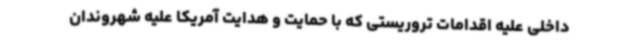
داخلی علیه اقدامات تروریستی که با حمایت و هدایت آمریکا علیه شهروندان